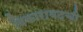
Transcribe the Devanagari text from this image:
विकाराबदची